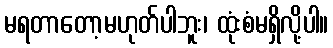
မရတာတော့မဟုတ်ပါဘူး၊ ထုံးစံမရှိလို့ပါ။